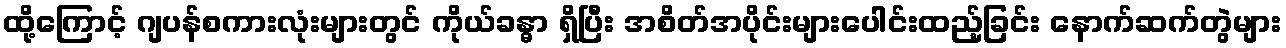
ထို့ကြောင့် ဂျပန်စကားလုံးများတွင် ကိုယ်ခန္ဓာ ရှိပြီး အစိတ်အပိုင်းများပေါင်းထည့်ခြင်း နောက်ဆက်တွဲများ